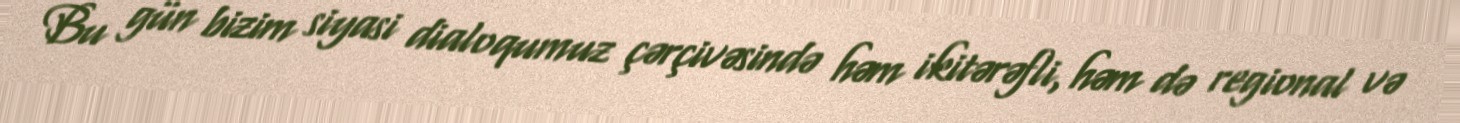
Bu gün bizim siyasi dialoqumuz çərçivəsində həm ikitərəfli, həm də regional və